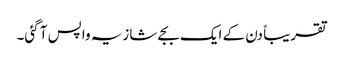
تقریباً دن کے ایک بجے شازیہ واپس آ گئی۔